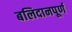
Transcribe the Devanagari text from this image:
बलिदानपूर्ण